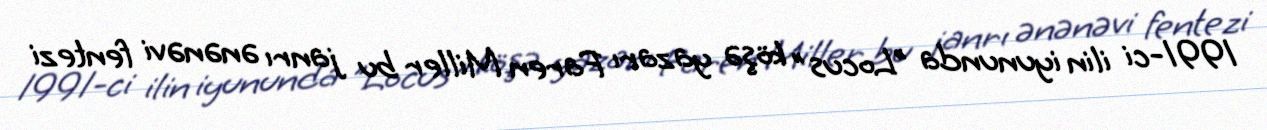
1991-ci ilin iyununda "Locus" köşə yazarı Faren Miller bu janrı ənənəvi fentezi